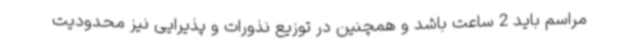
مراسم باید 2 ساعت باشد و همچنین در توزیع نذورات و پذیرایی نیز محدودیت